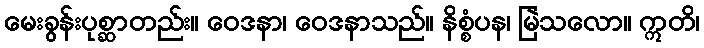
မေးခွန်းပုစ္ဆာတည်း။ ဝေဒနာ၊ ဝေဒနာသည်။ နိစ္စံပန၊ မြဲသလော။ ဣတိ၊